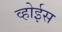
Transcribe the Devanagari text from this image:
व्होईस